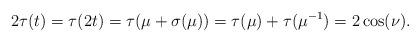
\begin{align*}2\tau(t)=\tau(2t)=\tau(\mu+\sigma(\mu))=\tau(\mu)+\tau(\mu^{-1})=2\cos(\nu).\end{align*}